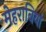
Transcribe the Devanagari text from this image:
मेहराबियां